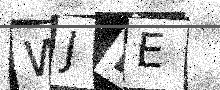
Text: WJHE